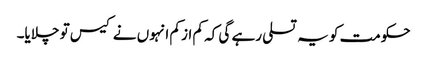
حکومت کو یہ تسلی رہے گی کہ کم از کم انہوں نے کیس تو چلایا۔